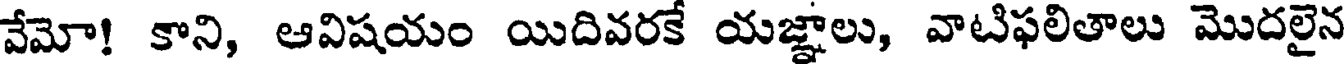
వేమో! కాని, ఆవిషయం యిదివరకే యజ్ఞాలు, వాటిఫలితాలు మొదలైన